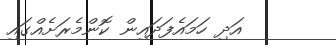
އަދި ހަމައެފަދައިން ކޮންމެރަށެއްގައި